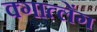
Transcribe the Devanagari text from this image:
क्गात्लेंग